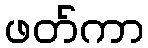
ဖတ်ကာ